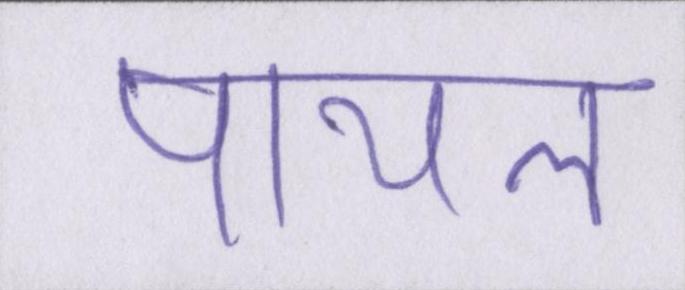
पायल